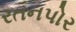
રતનપોર